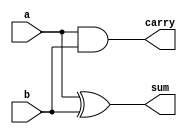
`timescale 1ns / 1ps
//////////////////////////////////////////////////////////////////////////////////
// Company: 
// Engineer: 
// 
// Design Name: 
// Module Name:    half_adder 
// Project Name: 
// Target Devices: 
// Tool versions: 
// Description: 
//
// Dependencies: 
//
// Revision: 
// Revision 0.01 - File Created
// Additional Comments: 
//
//////////////////////////////////////////////////////////////////////////////////
module half_adder(
    input a,
    input b,
    output sum,
    output carry
    );

assign carry = a&b;
assign sum = a^b;

endmodule